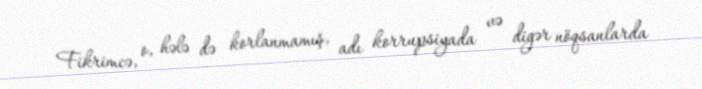
Fikrimcə, o, hələ də korlanmamış, adı korrupsiyada və digər nöqsanlarda